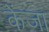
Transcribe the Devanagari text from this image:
केंजा